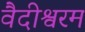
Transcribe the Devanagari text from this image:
वैदीश्वरम